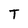
Character: T